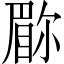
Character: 𫵇